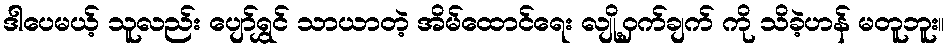
ဒါပေမယ့် သူလည်း ပျော်ရွှင် သာယာတဲ့ အိမ်ထောင်ရေး လျို့ဝှက်ချက် ကို သိခဲ့ဟန် မတူဘူး။